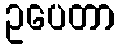
ဥပေတာ